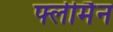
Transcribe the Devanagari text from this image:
फ्लीमैन